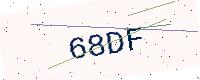
Text: 68DF